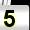
Digit: 5